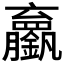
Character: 𬬘